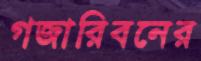
গজারিবনের